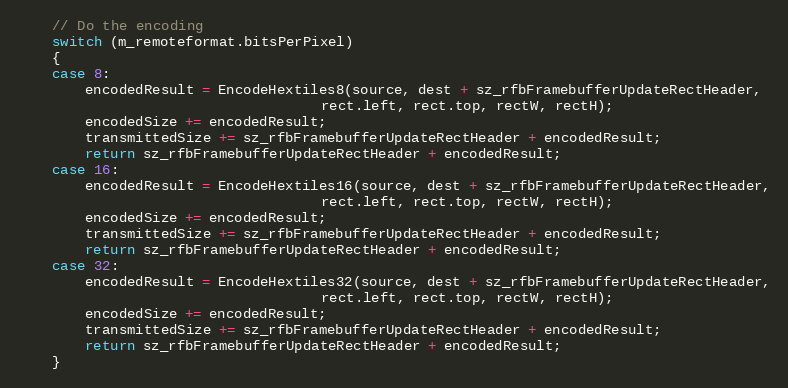
Language: C++
	// Do the encoding
    switch (m_remoteformat.bitsPerPixel)
	{
	case 8:
		encodedResult = EncodeHextiles8(source, dest + sz_rfbFramebufferUpdateRectHeader,
									rect.left, rect.top, rectW, rectH);
		encodedSize += encodedResult;
		transmittedSize += sz_rfbFramebufferUpdateRectHeader + encodedResult;
		return sz_rfbFramebufferUpdateRectHeader + encodedResult;
    case 16:
		encodedResult = EncodeHextiles16(source, dest + sz_rfbFramebufferUpdateRectHeader,
									rect.left, rect.top, rectW, rectH);
		encodedSize += encodedResult;
		transmittedSize += sz_rfbFramebufferUpdateRectHeader + encodedResult;
		return sz_rfbFramebufferUpdateRectHeader + encodedResult;
    case 32:
		encodedResult = EncodeHextiles32(source, dest + sz_rfbFramebufferUpdateRectHeader,
									rect.left, rect.top, rectW, rectH);
		encodedSize += encodedResult;
		transmittedSize += sz_rfbFramebufferUpdateRectHeader + encodedResult;
		return sz_rfbFramebufferUpdateRectHeader + encodedResult;
    }